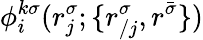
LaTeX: \phi_{i}^{k\sigma}(r_{j}^{\sigma};\{ r_{/j}^{\sigma},r^{\bar{\sigma}}\} )